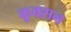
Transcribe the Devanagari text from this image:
कूक्सन